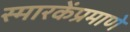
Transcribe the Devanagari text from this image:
स्मारकेंप्रमाणे